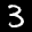
Label: 3